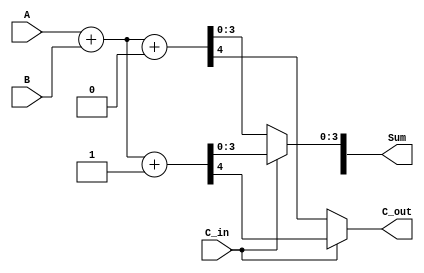
module CarrySelectAdder (
    input [3:0] A,        // 4-bit input A
    input [3:0] B,        // 4-bit input B
    input C_in,           // Carry-in
    output [4:0] Sum,     // 4-bit sum output + carry-out
    output C_out          // Carry-out
);

    wire [3:0] S0, S1;    // Sums for C_in = 0 and C_in = 1
    wire C0, C1;          // Carry-out for C_in = 0 and C_in = 1

    // Full adder logic for C_in = 0
    assign {C0, S0} = A + B + 1'b0; // Sum when C_in = 0

    // Full adder logic for C_in = 1
    assign {C1, S1} = A + B + 1'b1; // Sum when C_in = 1

    // MUX to select the correct sum based on C_in
    assign Sum[3:0] = (C_in) ? S1 : S0;

    // Carry-out selection
    assign C_out = (C_in) ? C1 : C0;

endmodule